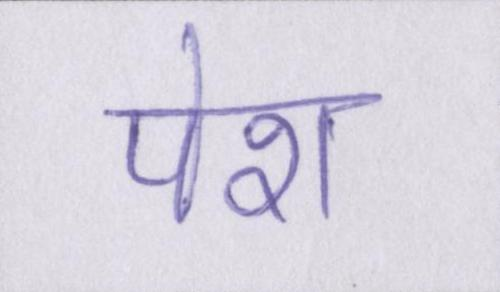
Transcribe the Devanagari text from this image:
पेश